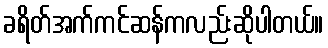
ခရိတ်အက်ကင်ဆန်ကလည်းဆိုပါတယ်။